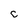
Character: c